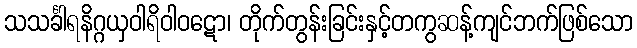
သသင်္ခါရနိဂ္ဂယှဝါရိဝါဝဋော၊ တိုက်တွန်းခြင်းနှင့်တကွဆန့်ကျင်ဘက်ဖြစ်သော